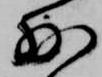
少